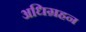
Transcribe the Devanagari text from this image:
अधिग्रहन